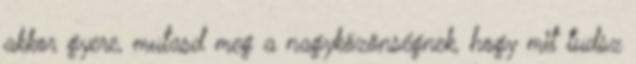
akkor gyere, mutasd meg a nagyközönségnek, hogy mit tudsz